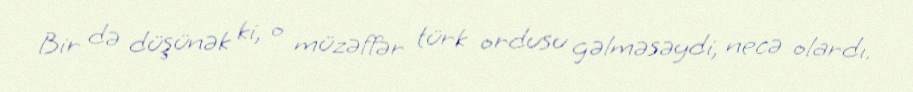
Bir də düşünək ki, o müzəffər türk ordusu gəlməsəydi, necə olardı.